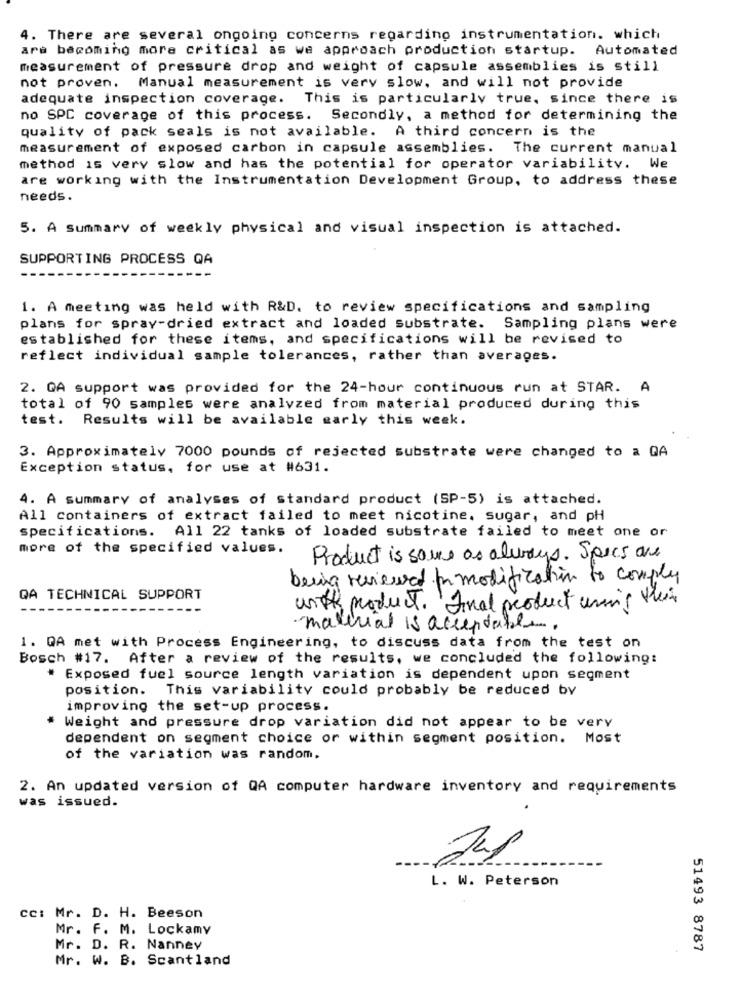
4. There are several ongoing concerns regarding instrumentation. which
are becoming more critical as we approach production startup. Automated
measurement of pressure drop and weight of capsule assemblies is still
not proven.
Manual measurement is very slow, and will not provide
adequate inspection coverage.
This is particularly true, since there is
no SPC coverage of this process. Secondly, a method for determining the
quality of pack seals is not available. A third concern is the
measurement of exposed carbon in capsule assemblies. The current manual
method is very slow and has the potential for operator variability. We
are working with the Instrumentation Development Group, to address these
needs.
5. A Summary of weekly physical and visual inspection is attached.
SUPPORTING PROCESS QA
1. A meeting was held with R&D. to review specifications and sampling
plans for spray-dried extract and loaded substrate. Sampling plans were
established for these items, and specifications will be revised to
reflect individual sample tolerances, rather than averages.
2. GA support was provided for the 24-hour continuous run at STAR. A
total of 90 samples were analyzed from material produced during this
test. Results will be available early this week.
3. Approximately 7000 pounds of rejected substrate were changed to a QA
Exception status, for use at #631.
4. A summary of analyses of standard product (SP-5) is attached.
All containers of extract failed to meet nicotine. sugar, and pH
specifications. All 22 tanks of loaded substrate failed to meet one or
more of the specified values.
Product is some as always. Specs are
being reviewed In modification to comply
QA TECHNICAL SUPPORT
with product. Final product using their
material is acceptable.
1. QA met with Process Engineering, to discuss data from the test on
Bosch #17. After a review of the results, we concluded the following:
Exposed fuel source length variation is dependent upon segment
position. This variability could probably be reduced by
improving the set-up process.
Weight and pressure drop variation did not appear to be very
dependent on segment choice or within segment position. Most
of the variation was random.
2. An updated version of QA computer hardware inventory and requirements
was issued.
L. W. Peterson
cc: Mr. D. H. Beeson
Mr. F. M. Lockamy
Mr. D. R. Nanney
51493 8787
Mr. W. B. Scantland